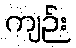
ကျဉ်း